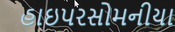
હાઇપરસોમનીયા